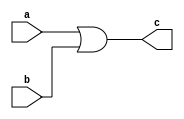
module exemplo_OR(a, b, c);

input wire a, b;
output wire c;

assign c = a | b;

endmodule